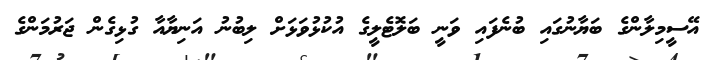
އޭސީމިލާންގެ ބަޔާނުގައި ބުނެފައި ވަނީ ބަލޮޓެލީގެ އުކުޅުވަޅަށް ލިބުނު އަނިޔާއާ ގުޅިގެން ޖަރުމަންގެ